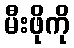
မီးဖိုကို